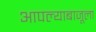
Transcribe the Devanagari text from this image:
आपल्याबाजूला